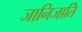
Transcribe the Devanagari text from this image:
जानिजाति